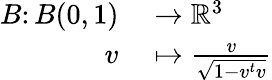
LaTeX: \begin{array}{rl}{B\colon B(0,1)}&{{}\to\mathbb R^{3}}\\ {v}&{{}\mapsto\frac{v}{\sqrt{1-v^{t}v}}}\end{array}